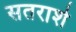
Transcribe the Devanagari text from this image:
सतराशे